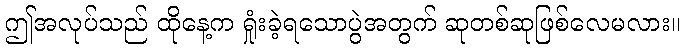
ဤအလုပ်သည် ထိုနေ့က ရှုံးခဲ့ရသောပွဲအတွက် ဆုတစ်ဆုဖြစ်လေမလား။